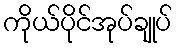
ကိုယ်ပိုင်အုပ်ချုပ်